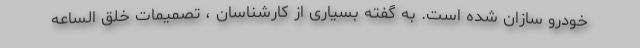
خودرو سازان شده است. به گفته بسیاری از کارشناسان ، تصمیمات خلق الساعه